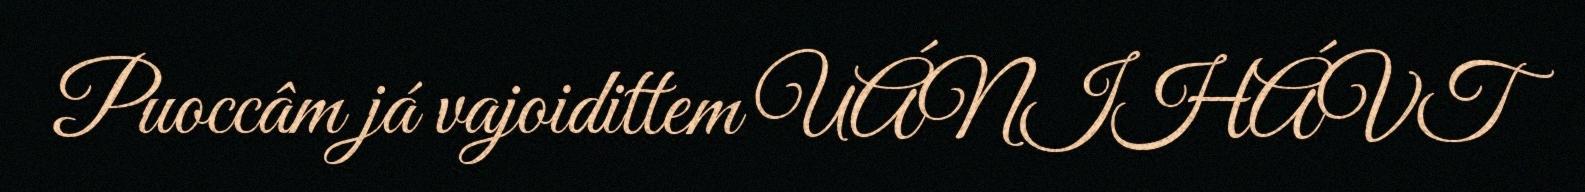
Puoccâm já vajoidittem UÁNIHÁVT